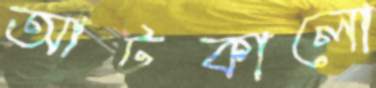
আটকালো